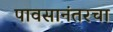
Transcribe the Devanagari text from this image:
पावसानंतरचा